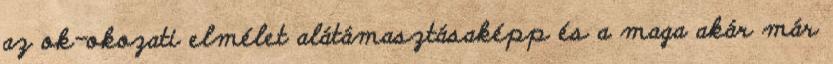
az ok-okozati elmélet alátámasztásaképp és a maga akár már